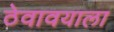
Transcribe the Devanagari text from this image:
ठेवावयाला